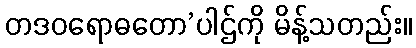
တဒဝရောဓတော’ပါဌ်ကို မိန့်သတည်း။